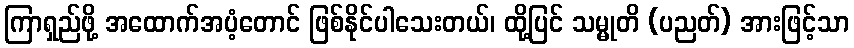
ကြာရှည်ဖို့ အထောက်အပံ့တောင် ဖြစ်နိုင်ပါသေးတယ်၊ ထို့ပြင် သမ္မုတိ (ပညတ်) အားဖြင့်သာ